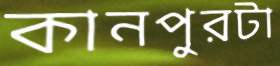
কানপুরটা